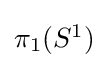
{\textstyle \pi _{1}(S^{1})}